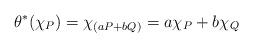
LaTeX: \begin{align*}\theta^*(\chi_P)=\chi_{(aP+bQ)}=a\chi_P+b\chi_Q\end{align*}